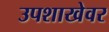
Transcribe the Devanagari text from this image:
उपशाखेवर